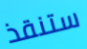
ستنقذ